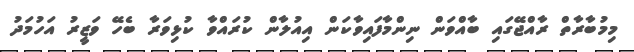
މިމުބާރާތް ރާއްޖޭގައި ބާއްވަން ނިންމާފައިވާކަން އިއުލާން ކުރައްވާ ކުޅިވަރާ ބެހޭ ވަޒީރު އަހުމަދު